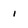
Character: i